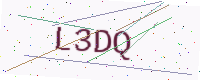
Text: L3DQ